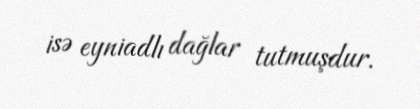
isə eyniadlı dağlar tutmuşdur.